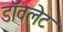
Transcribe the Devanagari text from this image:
डॉवलेट